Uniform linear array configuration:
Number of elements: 12
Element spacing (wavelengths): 1
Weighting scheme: uniform
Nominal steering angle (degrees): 60
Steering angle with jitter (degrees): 58.293
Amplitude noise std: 0.05
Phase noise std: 0.05

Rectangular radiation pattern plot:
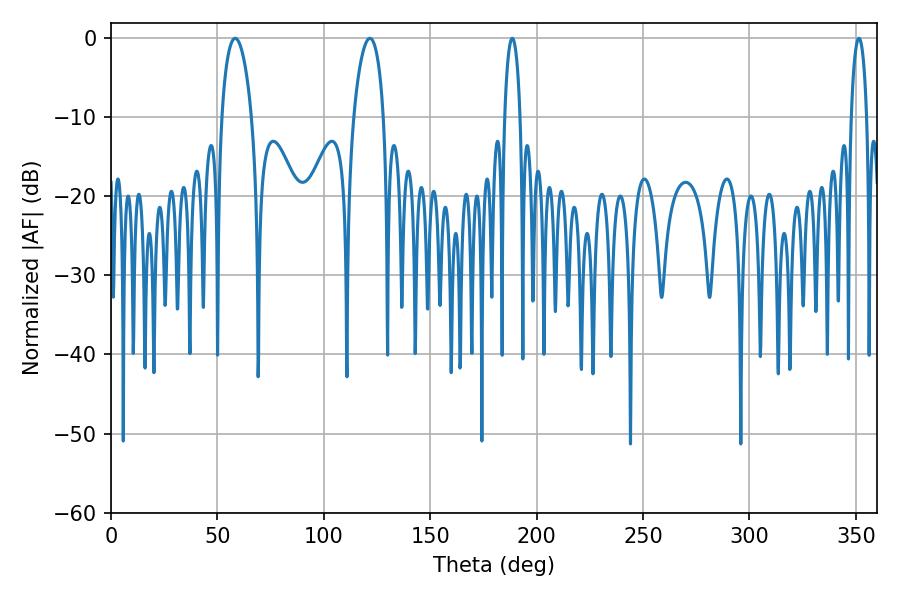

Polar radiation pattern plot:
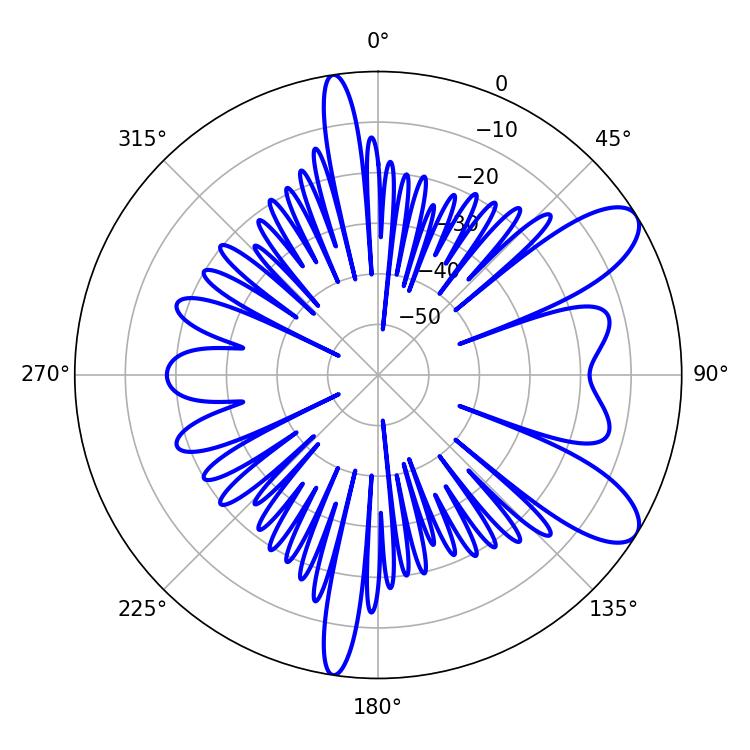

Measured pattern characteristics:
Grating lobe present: TRUE
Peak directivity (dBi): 9.184
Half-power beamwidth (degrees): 8.1
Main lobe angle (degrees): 58.32